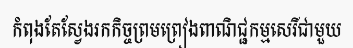
កំពុងតែស្វែងរកកិច្ចព្រមព្រៀងពាណិជ្ជកម្មសេរីជាមួយ